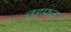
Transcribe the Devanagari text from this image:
तुह्फत